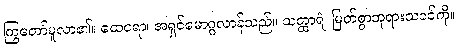
ကြွတော်မူလာ၏။ ထေရော၊ အရှင်မောဂ္ဂလာန်သည်။ သတ္ထာရံ၊ မြတ်စွာဘုရားသခင်ကို။